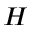
H